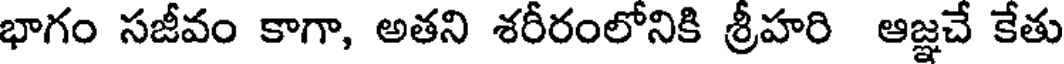
భాగం సజీవం కాగా, అతని శరీరంలోనికి శ్రీహరి ఆజ్ఞచే కేతు